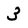
Character: 3